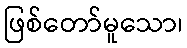
ဖြစ်တော်မူသော၊